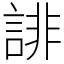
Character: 誹